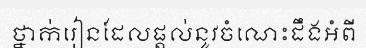
ថ្នាក់រៀនដែលផ្តល់នូវចំណេះដឹងអំពី